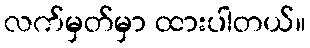
လက်မှတ်မှာ ထားပါတယ်။